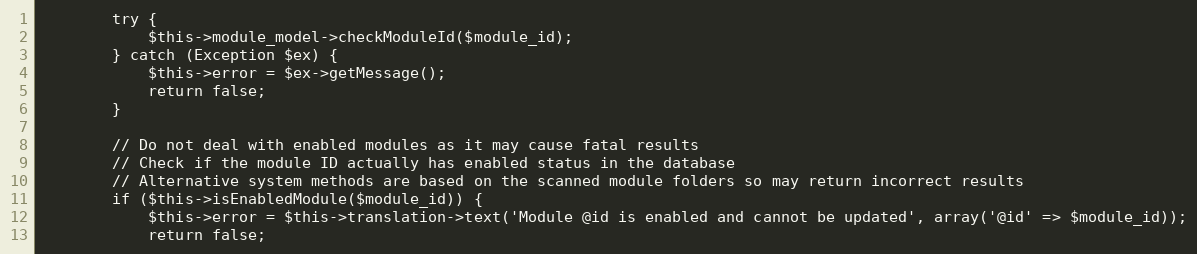
Language: PHP
        try {
            $this->module_model->checkModuleId($module_id);
        } catch (Exception $ex) {
            $this->error = $ex->getMessage();
            return false;
        }

        // Do not deal with enabled modules as it may cause fatal results
        // Check if the module ID actually has enabled status in the database
        // Alternative system methods are based on the scanned module folders so may return incorrect results
        if ($this->isEnabledModule($module_id)) {
            $this->error = $this->translation->text('Module @id is enabled and cannot be updated', array('@id' => $module_id));
            return false;